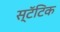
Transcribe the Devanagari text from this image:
स्टॅटिक